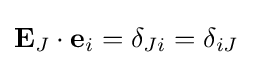
\mathbf {E} _{J}\cdot \mathbf {e} _{i}=\delta _{Ji}=\delta _{iJ}